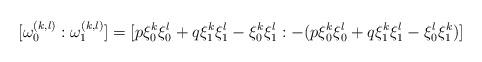
LaTeX: \begin{align*}[\omega_0^{(k,l)} : \omega_1^{(k,l)}] = [p \xi_0^k\xi_0^l +q\xi_1^k\xi_1^l - \xi_0^k\xi_1^l : -(p \xi_0^k\xi_0^l +q\xi_1^k\xi_1^l - \xi_0^l\xi_1^k)]\end{align*}